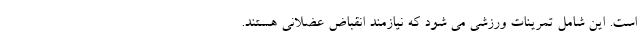
است. این شامل تمرینات ورزشی می شود که نیازمند انقباض عضلانی هستند.